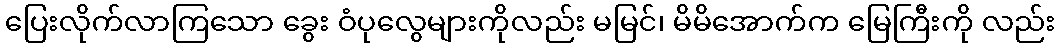
ပြေးလိုက်လာကြသော ခွေး ဝံပုလွေများကိုလည်း မမြင်၊ မိမိအောက်က မြေကြီးကို လည်း